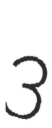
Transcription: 3